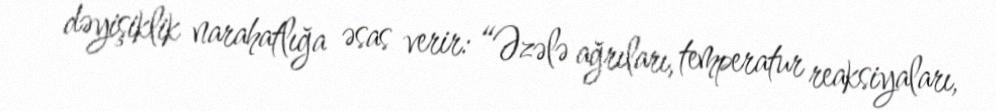
dəyişiklik narahatlığa əsas verir: “Əzələ ağrıları, temperatur reaksiyaları,